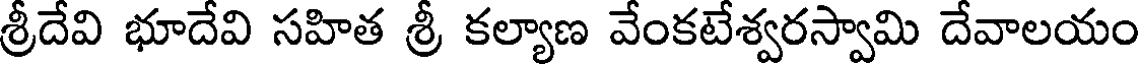
శ్రీదేవి భూదేవి సహిత శ్రీ కల్యాణ వేంకటేశ్వరస్వామి దేవాలయం